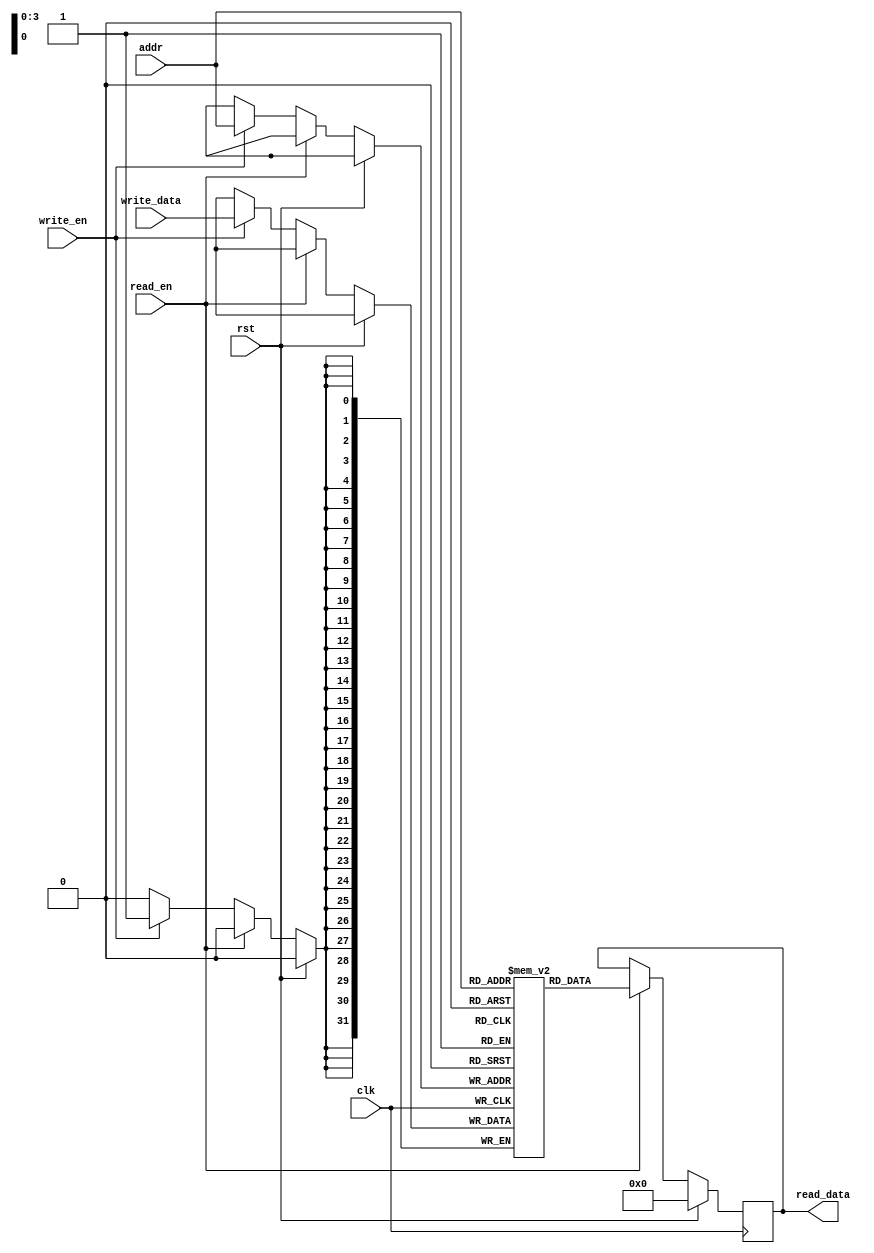
`define REG_LENGTH 32
`define REG_NUMBER 16
`define REG_ADDR_LEN_4 4

module REG_32 (
		input clk,
		input rst,
		input read_en,
		input write_en,
		input [`REG_ADDR_LEN_4 - 1 : 0] addr,
		input [`REG_LENGTH - 1 : 0] write_data,
		output reg [`REG_LENGTH - 1 : 0] read_data
		

);

	reg [`REG_LENGTH - 1 : 0] data [`REG_NUMBER - 1 : 0];

	always @(posedge clk) begin

      	if (rst)
			read_data <= {`REG_LENGTH{1'b0}};

		// (read_en & write_en == 1) VIOLATION IS NOT ALLOWED //
		
		else if (read_en)
			read_data <= data[addr];

		else if (write_en)
			data[addr] <= write_data;

	end

endmodule

// The addr should be decoded to the bitwise accessable addr, instead of
// integer value